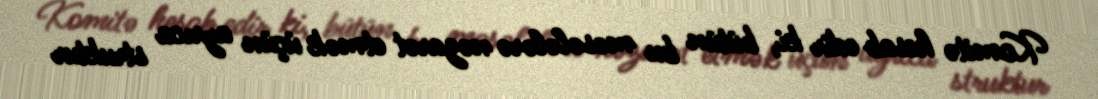
Komitə hesab edir ki, bütün bu məsələlərə nəzarət etmək üçün ayrıca struktur